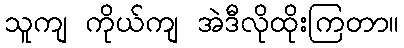
သူကျ ကိုယ်ကျ အဲဒီလိုထိုးကြတာ။